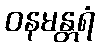
ဝနမန္တရံ